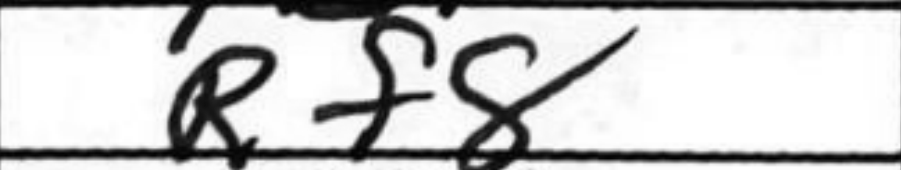
Transcription: Rf8